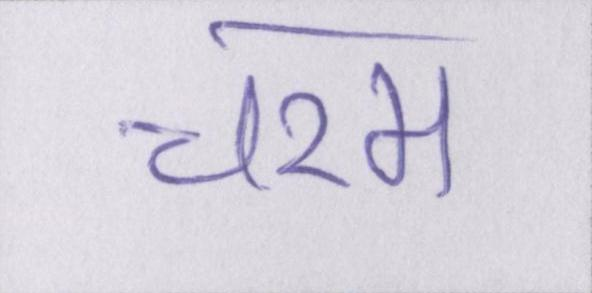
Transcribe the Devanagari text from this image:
चरम